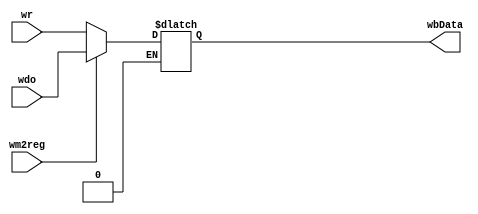
`timescale 1ns / 1ps
//////////////////////////////////////////////////////////////////////////////////
// Company: 
// Engineer: 
// 
// Design Name: 
// Module Name: WBMux
// Project Name: 
// Target Devices: 
// Tool Versions: 
// Description: 
// 
// Dependencies: 
// 
// Revision:
// Revision 0.01 - File Created
// Additional Comments:
// 
//////////////////////////////////////////////////////////////////////////////////


module WBMux(wr, wdo, wm2reg, wbData);
    input wire [31:0] wr;
    input wire [31:0] wdo;
    input wire wm2reg;
    output reg [31:0] wbData;
    
    always @(*)begin
        if (wm2reg == 0) begin
            wbData <= wr;
        end
        else if (wm2reg == 1)begin
            wbData <= wdo;
        end
    end
endmodule